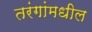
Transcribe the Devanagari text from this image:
तरंगांमधील